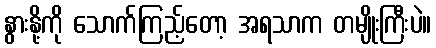
နွားနို့ကို သောက်ကြည့်တော့ အရသာက တမျိုးကြီးပဲ။